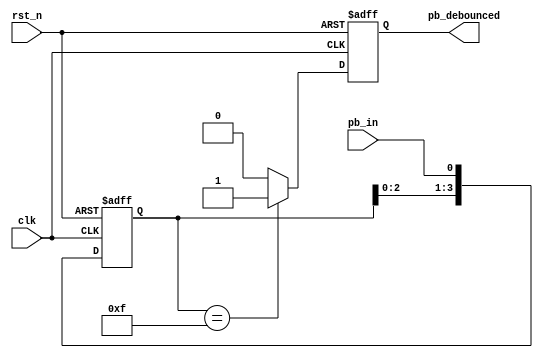
`timescale 1ns / 1ps
//////////////////////////////////////////////////////////////////////////////////
// Company: 
// Engineer: 
// 
// Design Name: 
// Module Name: debounce_circuit
// Project Name: 
// Target Devices: 
// Tool Versions: 
// Description: 
// 
// Dependencies: 
// 
// Revision:
// Revision 0.01 - File Created
// Additional Comments:
// 
//////////////////////////////////////////////////////////////////////////////////


module debounce_circuit( 
    input clk, // clock control 
    input rst_n, // reset 
    input pb_in, //push button input 
    output reg pb_debounced // debounced push button output 
); 
    // 3declare the internal nodes 
    reg [3:0] debounce_window; // shift register flip flop 
    reg pb_debounced_next; // debounce result 
    // Shift register 
    always @(posedge clk or negedge rst_n) 
        if (~rst_n) 
            debounce_window <= 4'd0; 
        else 
            debounce_window <= {debounce_window[2:0], pb_in}; // shift register
    // debounce circuit 
    always @* 
        if (debounce_window == 4'b1111) 
            pb_debounced_next = 1'b1; 
        else 
            pb_debounced_next = 1'b0; 
    always @(posedge clk or negedge rst_n) 
        if (~rst_n) 
            pb_debounced <= 1'b0; 
        else 
            pb_debounced <= pb_debounced_next; 
endmodule